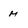
Character: M